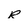
Character: R